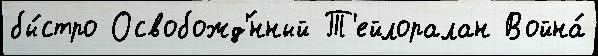
бы́стро Освобожд'́нный Т'ейлоралан Война́